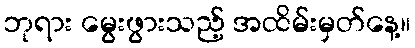
ဘုရား မွေးဖွားသည့် အထိမ်းမှတ်နေ့။